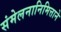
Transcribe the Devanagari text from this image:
संमेलनानिमित्ताने